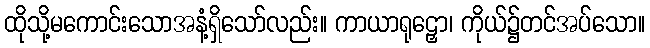
ထိုသို့မကောင်းသောအနံ့ရှိသော်လည်း။ ကာယာရုဠှော၊ ကိုယ်၌တင်အပ်သော။